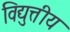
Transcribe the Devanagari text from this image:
विद्युत्तीय